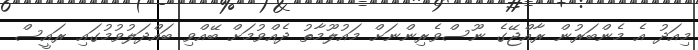
މިއަދު އެ މެންބަރުން ރާއްޖޭގެ ނޫސްވެރިންނަށް މައުލޫމާތު ދެއްވުމަށް ބޭއްވި ބައްދަލުވުމުގައި ރައީސް